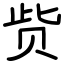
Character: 赀